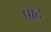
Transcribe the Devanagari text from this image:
पादे